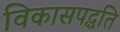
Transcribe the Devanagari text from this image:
विकासपद्धति